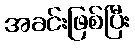
အခင်းဖြစ်ပြီး